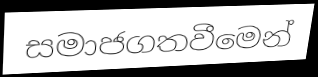
සමාජගතවීමෙන්